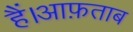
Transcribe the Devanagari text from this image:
हैं।आफ़ताब